Insane asylums in Bengal annual reports 1867-1875 - 1867-1875
Year: 1867
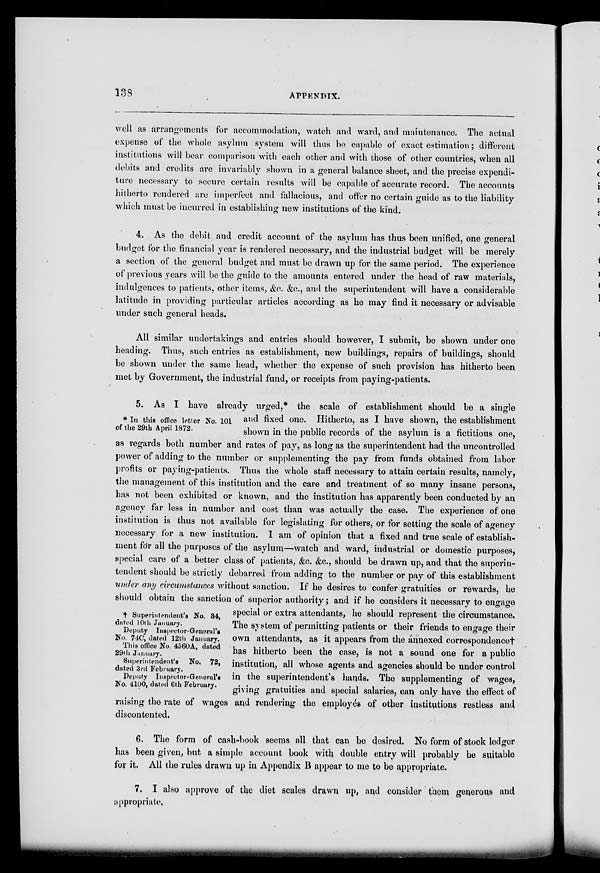
138
APPENDIX.
well as arrangements for accommodation, watch and ward, and maintenance. The actual
expense of the whole asylum system will thus be capable of exact estimation; different
institutions will bear comparison with each other and with those of other countries, when all
debits and credits are invariably shown in a general balance sheet, and the precise expendi-
ture necessary to secure certain results will be capable of accurate record. The accounts
hitherto rendered are imperfect and fallacious, and offer no certain guide as to the liability
which must be incurred in establishing new institutions of the kind.
4. As the debit and credit account of the asylum has thus been unified, one general
budget for the financial year is rendered necessary, and the industrial budget will be merely
a section of the general budget and must be drawn up for the same period. The experience
of previous years will be the guide to the amounts entered under the head of raw materials,
indulgences to patients, other items, &c. &c., and the superintendent will have a considerable
latitude in providing particular articles according as he may find it necessary or advisable
under such general heads.
All similar undertakings and entries should however, I submit, be shown under one
heading. Thus, such entries as establishment, new buildings, repairs of buildings, should
be shown under the same head, whether the expense of such provision has hitherto been
met by Government, the industrial fund, or receipts from paying-patients.
* In this office letter No. 101
of the 29th April 1872.
†Superintendent's No. 34,
dated 10th January.
Deputy Inspector-General's
No. 74C, dated 12th January.
This office No. 4560A, dated
29th January.
Superintendent's No. 72,
dated 3rd February.
Deputy Inspector-General's
No. 4100, dated 6th February.
5. As I have already urged,* the scale of establishment should be a single
and fixed one. Hitherto, as I have shown, the establishment
shown in the public records of the asylum is a fictitious one,
as regards both number and rates of pay, as long as the superintendent had the uncontrolled
power of adding to the number or supplementing the pay from funds obtained from labor
profits or paying-patients. Thus the whole staff necessary to attain certain results, namely,
the management of this institution and the care and treatment of so many insane persons,
has not been exhibited or known, and the institution has apparently been conducted by an
agency far less in number and cost than was actually the case. The experience of one
institution is thus not available for legislating for others, or for setting the scale of agency
necessary for a new institution. I am of opinion that a fixed and true scale of establish-
ment for all the purposes of the asylum—watch and ward, industrial or domestic purposes,
special care of a better class of patients, &c. &c., should be drawn up, and that the superin-
tendent should be strictly debarred from adding to the number or pay of this establishment
under any circumstances without sanction. If he desires to confer gratuities or rewards, he
should obtain the sanction of superior authority; and if he considers it necessary to engage
special or extra attendants, he should represent the circumstance.
The system of permitting patients or their friends to engage their
own attendants, as it appears from the annexed correspondence†
has hitherto been the case, is not a sound one for a public
institution, all whose agents and agencies should be under control
in the superintendent's hands. The supplementing of wages,
giving gratuities and special salaries, can only have the effect of
raising the rate of wages and rendering the employés of other institutions restless and
discontented.
6. The form of cash-book seems all that can be desired. No form of stock ledger
has been given, but a simple account book with double entry will probably be suitable
for it. All the rules drawn up in Appendix B appear to me to be appropriate.
7. I also approve of the diet scales drawn up, and consider them generous and
appropriate.